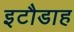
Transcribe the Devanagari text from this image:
इटौडाह